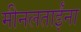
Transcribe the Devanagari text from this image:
मीनलताईंना